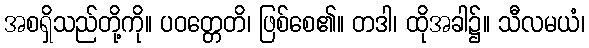
အစရှိသည်တို့ကို။ ပဝတ္တေတိ၊ ဖြစ်စေ၏။ တဒါ၊ ထိုအခါ၌။ သီလမယံ၊